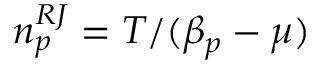
n _ { p } ^ { R J } = T / ( \beta _ { p } - \mu )